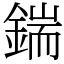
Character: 鍴